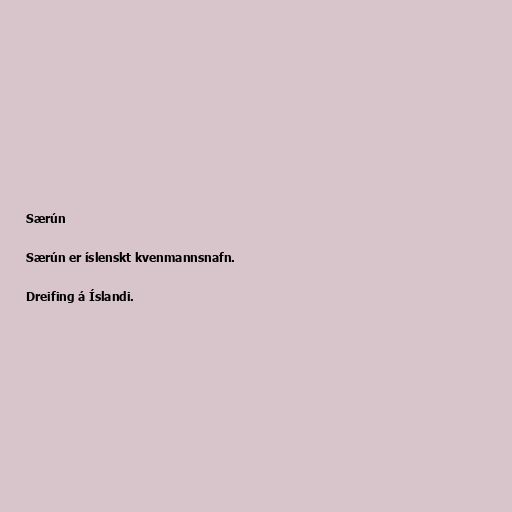
Særún

Særún er íslenskt kvenmannsnafn.

Dreifing á Íslandi.